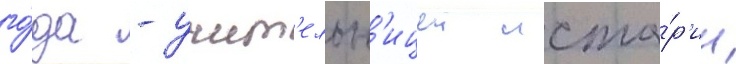
го́да - учит'ельн'ицеи исто́р'ии